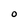
Character: O